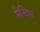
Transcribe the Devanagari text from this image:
मैन्टिस